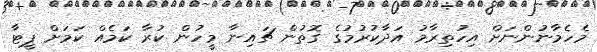
މެހެމާނުންނަށް އިހުތިރާމު އަދާކުރުމުގެ ގޮތުން ޗައިނާ މީހުން ކުރާ ކަމެއް ކަމަށް ޕީޓާ